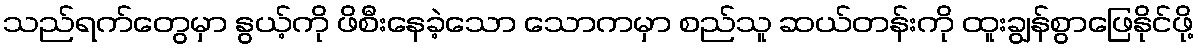
သည်ရက်တွေမှာ နွယ့်ကို ဖိစီးနေခဲ့သော သောကမှာ စည်သူ ဆယ်တန်းကို ထူးချွန်စွာဖြေနိုင်ဖို့